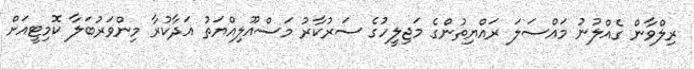
ރިލްވާން ގެއްލުނު މައްސަލަ ރައްޔިތުންގެ މަޖިލީހުގެ ސަރުކާރު މަސްއޫލިއްޔަތު އަދާކުރާ މިންވަރުބަލާ ކޮމިޓީއަށް